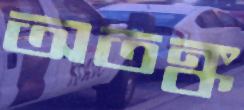
অতঙ্ক